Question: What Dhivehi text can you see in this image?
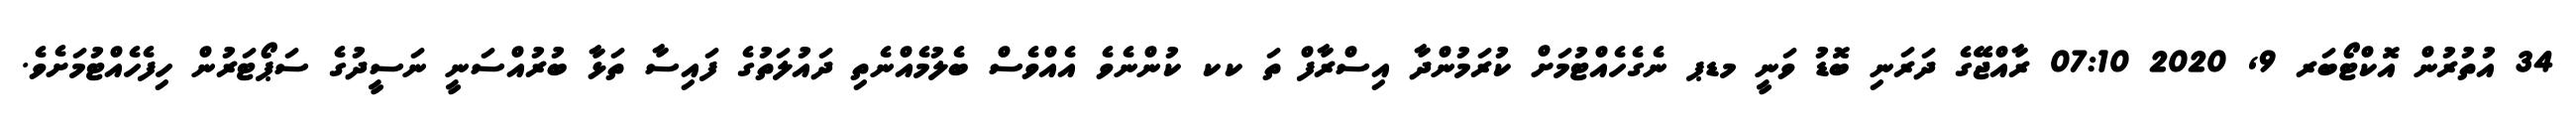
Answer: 34 އުތުރުން އޮކްޓޯބަރ 9, 2020 07:10 ރާއްޖޭގެ ދަރަނި ބޮޑު ވަނީ މޑޕ ނެގެހެއްޓުމަށް ކުރަމުންދާ އިސްރާފް ތަ ކކ ކުންނެވެ އެއްވެސް ބެލުމެއްނެތި ދައުލަތުގެ ފައިސާ ތަޅާ ބުރުއްސަނީ ނަސީދުގެ ސަޕޯޓަރުން ހިފެހެއްޓުމަށެވެ.